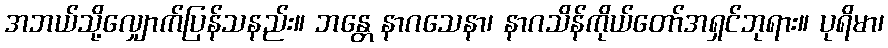
အဘယ်သို့လျှောက်ပြန်သနည်း။ ဘန္တေ နာဂသေနာ၊ နာဂသိန်ကိုယ်တော်အရှင်ဘုရား။ ပုရိမာ၊